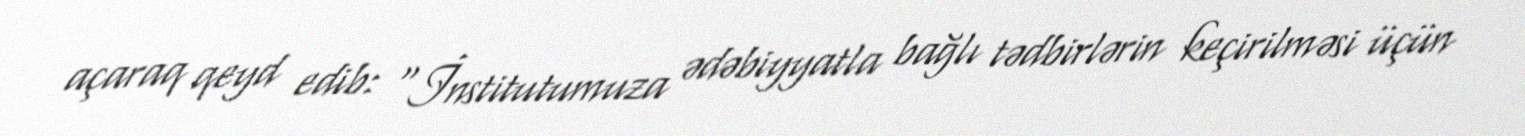
açaraq qeyd edib: “İnstitutumuza ədəbiyyatla bağlı tədbirlərin keçirilməsi üçün